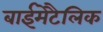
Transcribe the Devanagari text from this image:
बाईमेटैलिक